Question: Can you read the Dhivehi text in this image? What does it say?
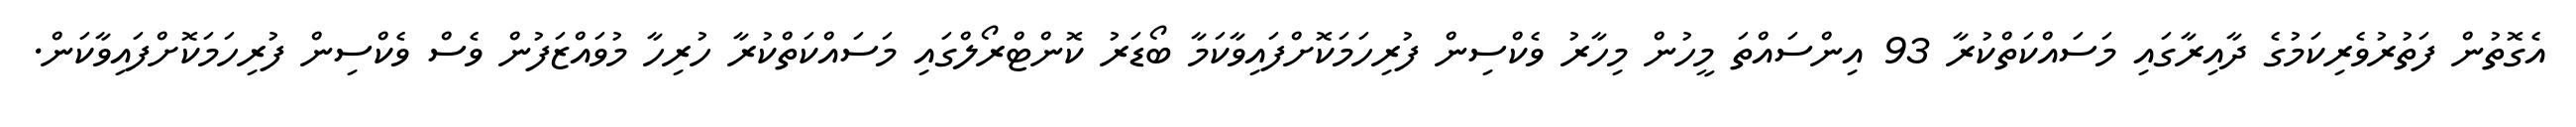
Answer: އެގޮތުން ފަތުރުވެރިކަމުގެ ދާއިރާގައި މަސައްކަތްކުރާ 93 އިންސައްތަ މީހުން މިހާރު ވެކްސިން ފުރިހަމަކޮށްފައިވާކަމާ ބޯޑަރު ކޮންޓްރޯލްގައި މަސައްކަތްކުރާ ހުރިހާ މުވައްޒަފުން ވެސް ވެކްސިން ފުރިހަމަކޮށްފައިވާކަން.